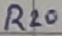
Text: R20